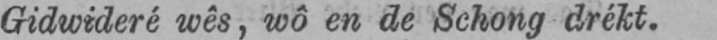
Gidwideré wês, wô en de Schong drékt.